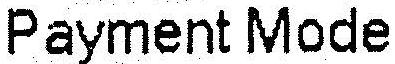
PAYMENT MODE